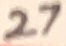
Text: 27